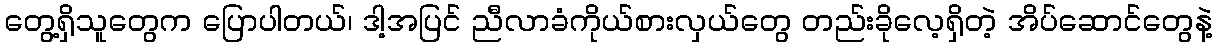
တွေ့ရှိသူတွေက ပြောပါတယ်၊ ဒါ့အပြင် ညီလာခံကိုယ်စားလှယ်တွေ တည်းခိုလေ့ရှိတဲ့ အိပ်ဆောင်တွေနဲ့